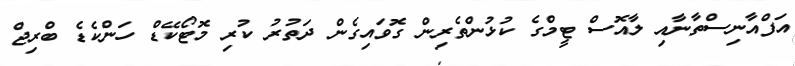
އަފްއާނިސްތާނާއި ލާއޮސް ޓީމްގެ ކުޅުންތެރިން ގޮވައިގެން ދަތުރު ކުރި މޮޓޯކޭޑް ހަންކެޑެ ބްރިޖް